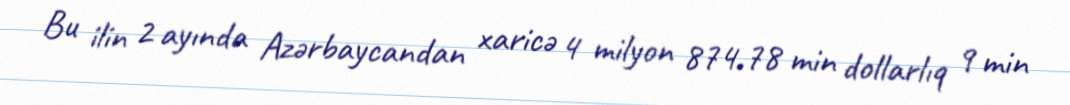
Bu ilin 2 ayında Azərbaycandan xaricə 4 milyon 874.78 min dollarlıq 9 min